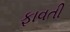
ફાવતી